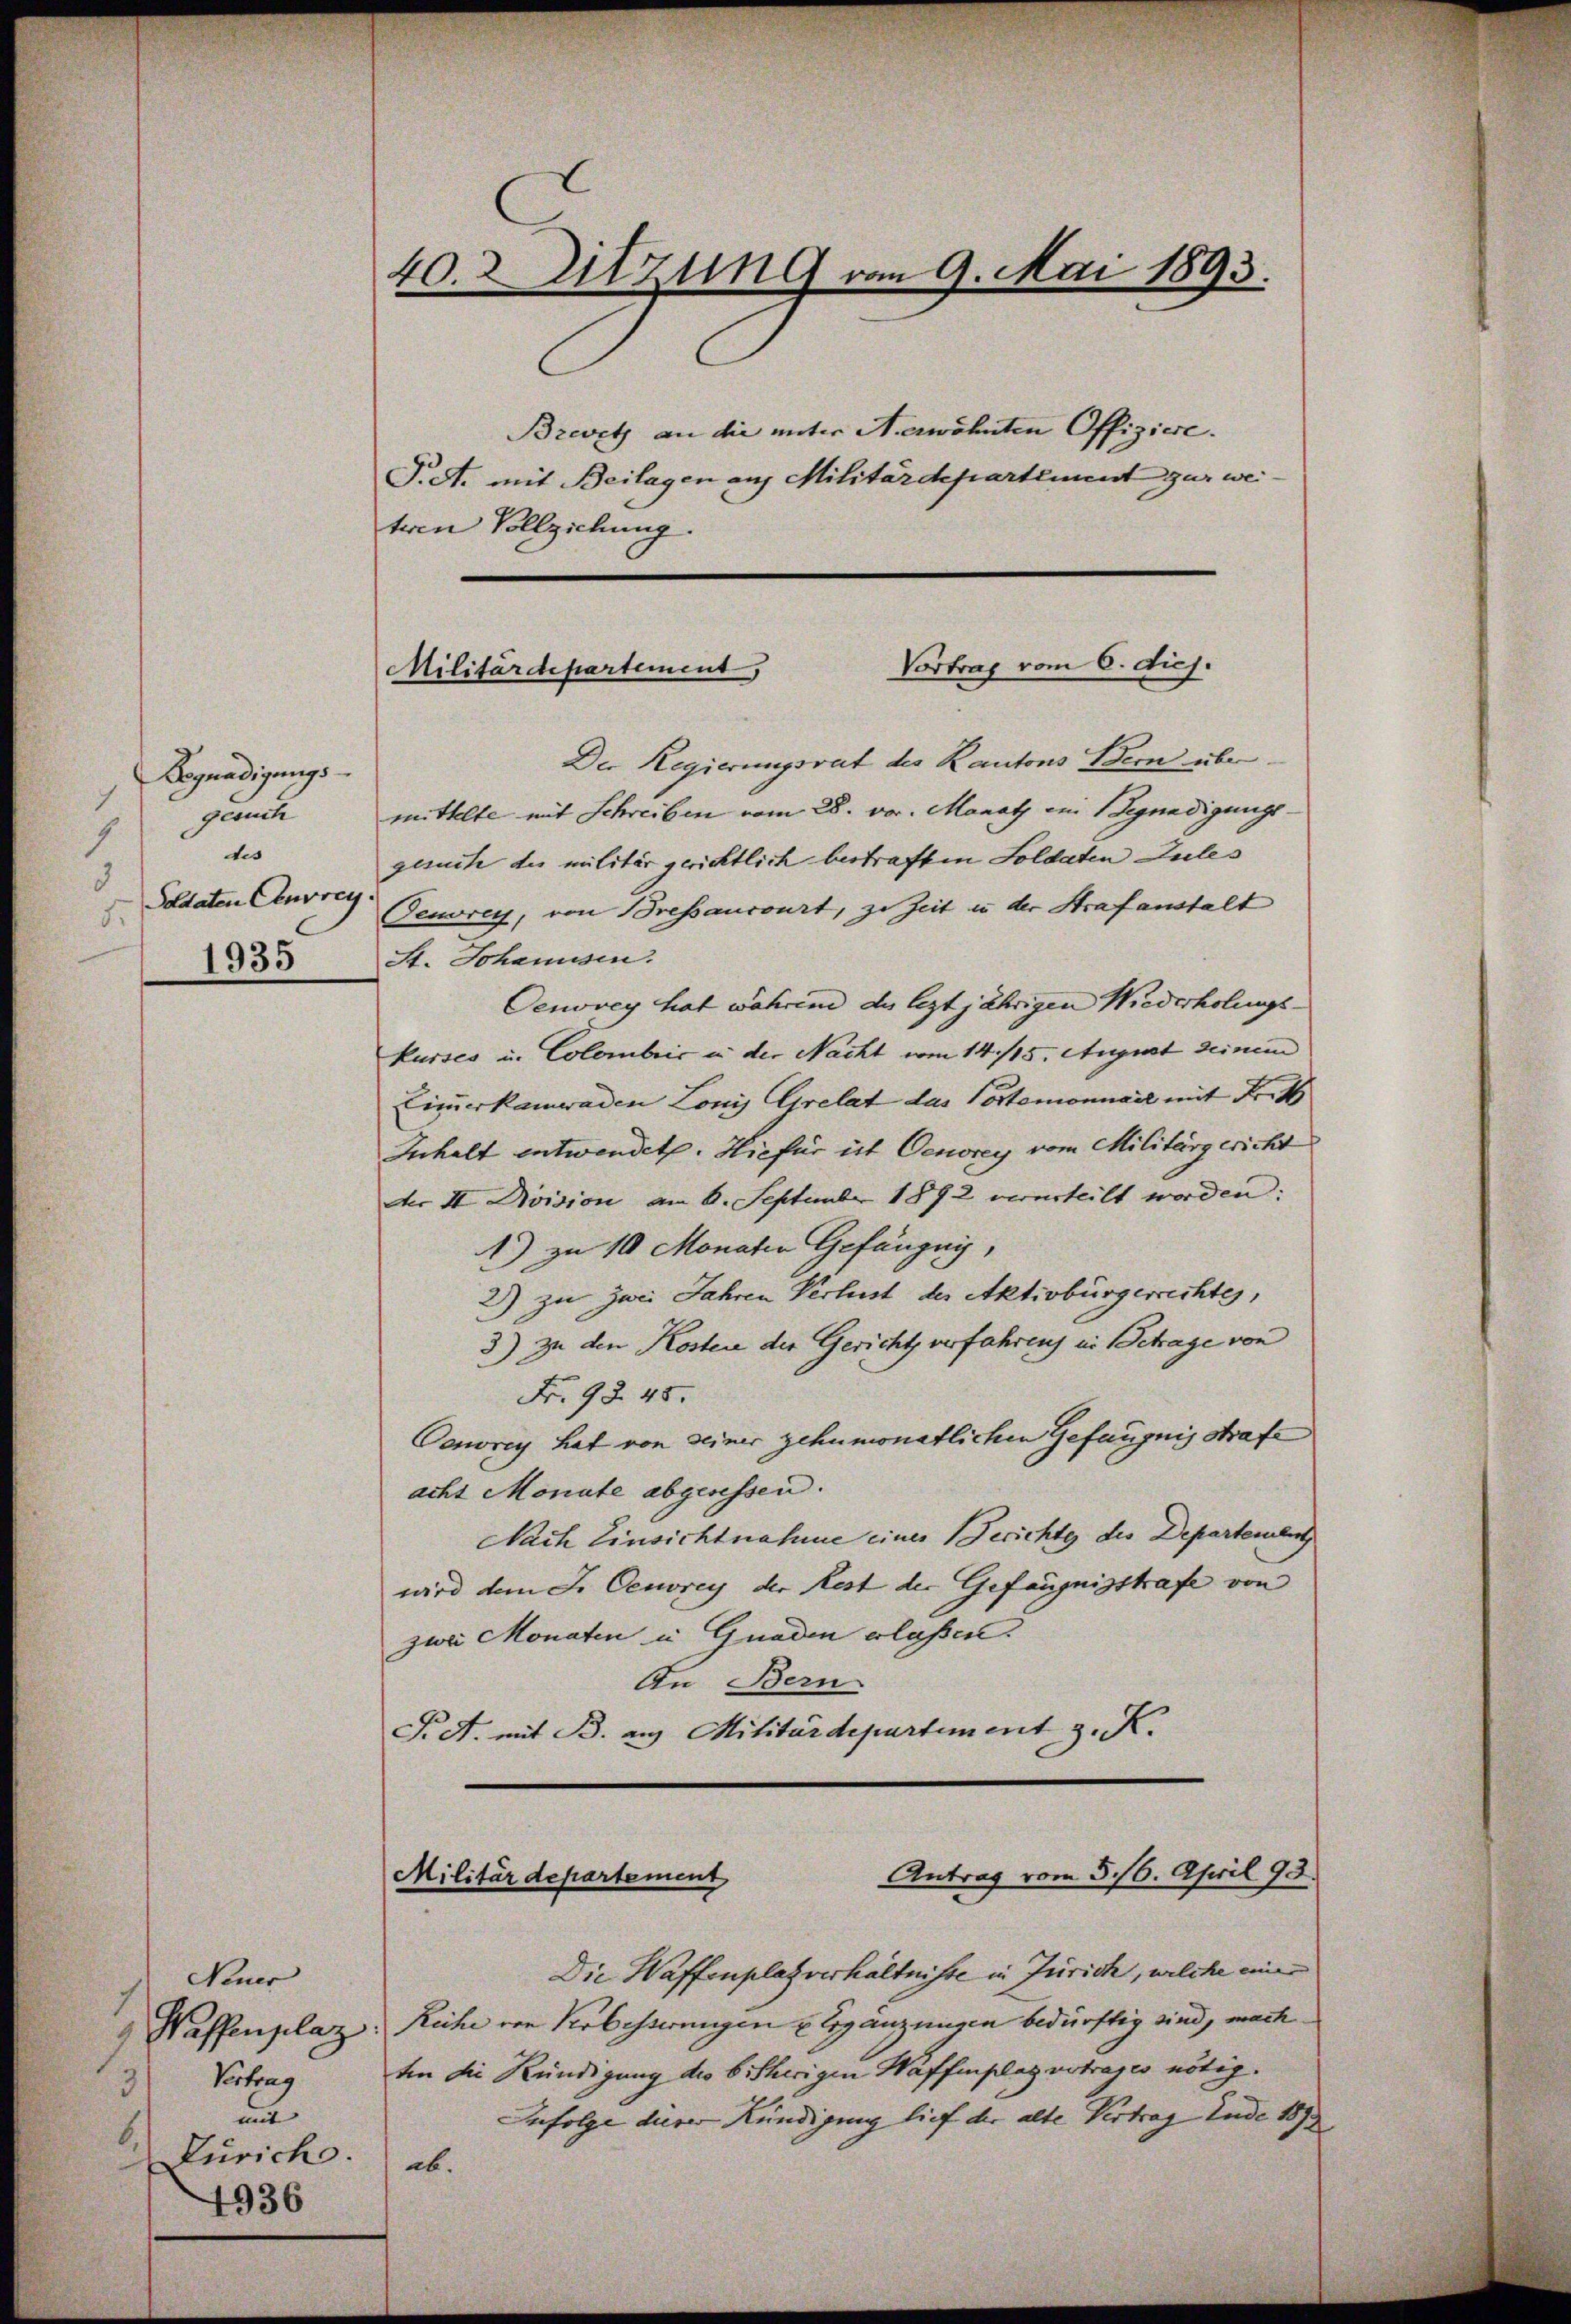
Begnadigungs¬
4
gesuch
1
des
8
Soldaten Cenvrey
.
1935

Neuer
 Waffenplaz
Vertrag
3
mit
6.
Zürich.
4936

40. 2. Sitzung vom 9. Mai 1893.
Brevet an die unter A erwähnten Offiziere.
T. A. mit Beilagen auf Militärdepartement zur wei
teren Vollziehung.

Der Regierungsrat des Kantons Bern übermittelte mit Schreiben vom 28. vor. Manatz im Begnadigungsgesuch der militär gerichtlich bestraften Soldaten Zules
Teuvrey, von Bressancourt, zu Zeit u der Strafanstalt
St. Johanusen.
Oenovey hat Jahrend des leztjährigen Wiederholungskurses u. Colembrić in der Nacht vom 14/15. August deinem
Einerkamwaden Lonis Grelat das Portemonnaie mit Fr. 1
Inhalt entwendet. Hiefür ist Oenorey vom Militärgericht
der II. Division am 6. September 1872 verteilt worden:
1) zu 10 Monaten Gefängnis,
2) zu zwei Jahren Verlust der Aktivbürgerrechtes,
3) zu den Kosten der Gericht verfahrens in Betrage von
Fr. 92. 45.
Cenvorey hat von seiner zehnmonatlichen Gefängnis strafe
acht Monate abgesessen.
Nach Einsichtnahme einer Berichte des Departement
wird dem J. Cerey der Rest der Gefängnisstrafe von
zwei Monaten u. Gnaden erlassen.
An Bern
P. R. mit B. an Militärdepartement z. K.

Vortrag vom 6. diej.
Militärdepartement,

Antrag vom 5./6. April 93.
Militärdepartement

Die Waffenplatzverhältnisse in Jurich, welche eine
Reihe von Verbesserungen u Ergänzungen bedürftig sind, mach
ten die Kündigung des bisherigen Waffenplaz vetrages nötig.
Infolge dieser Kündigung lief der alte Vertrag Ende 187
ab.